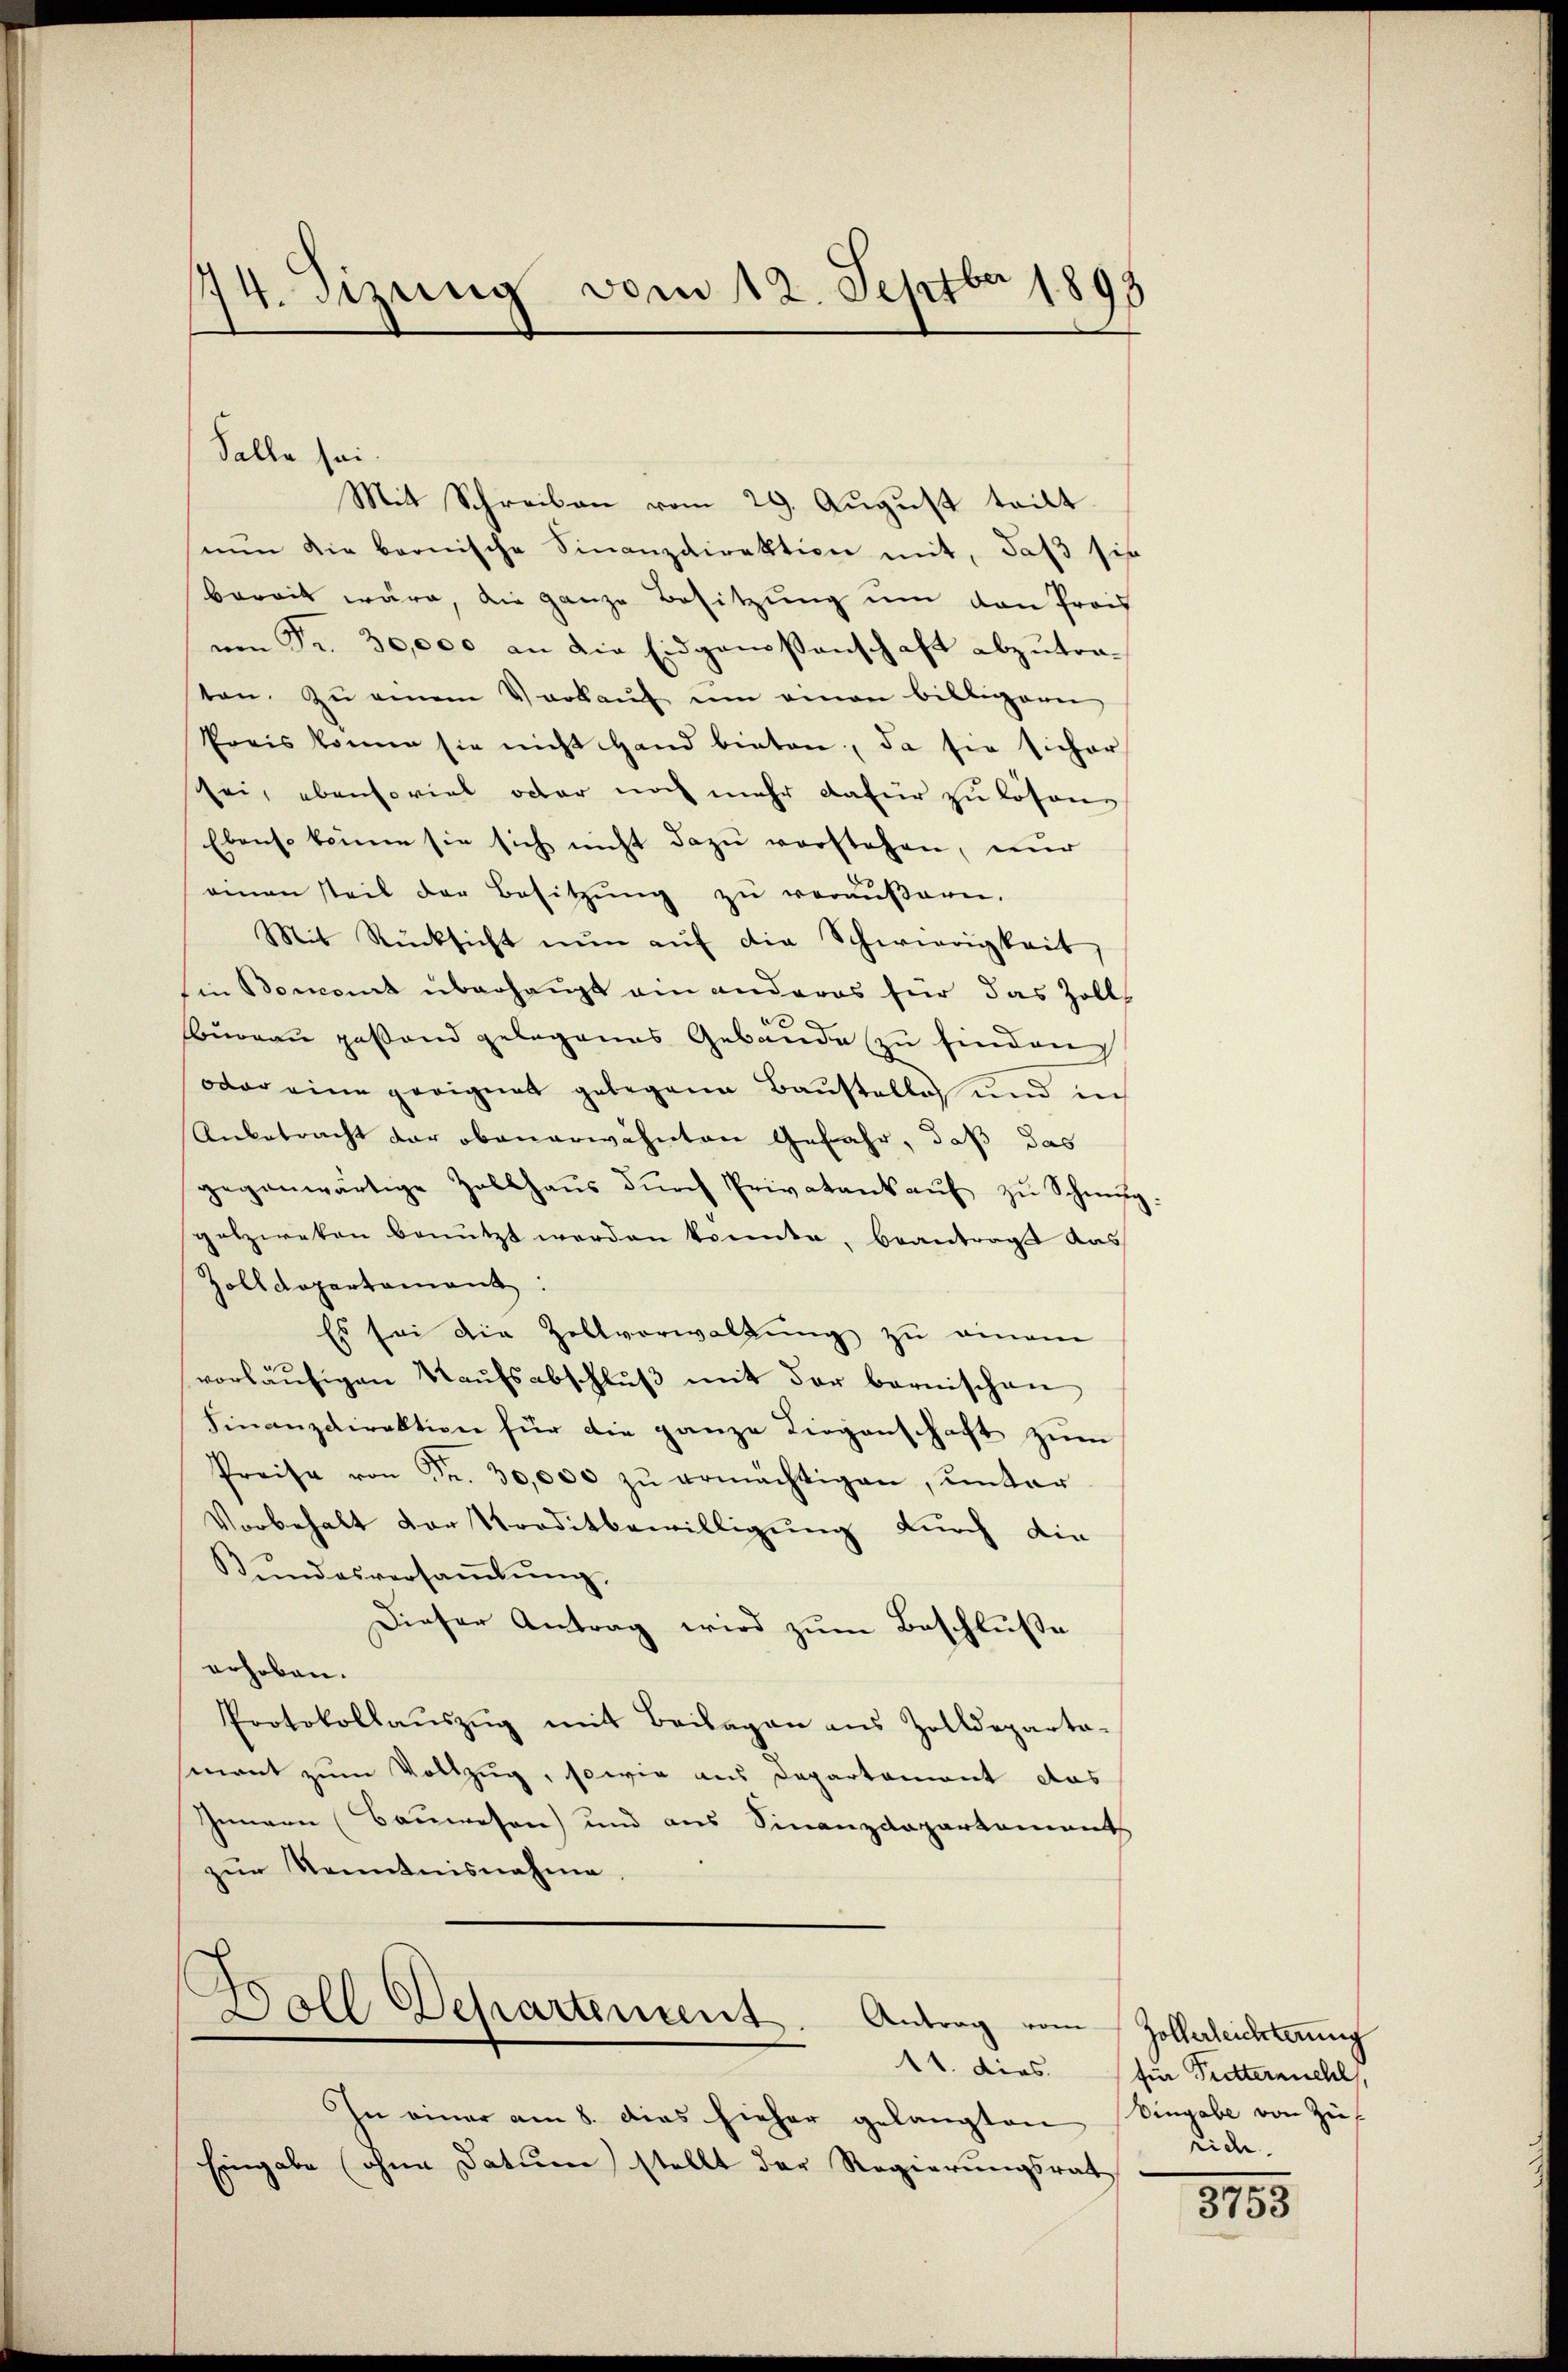
44. drung vom 12. Septbr 1899

Mit Schreiben vom 29. August teilt
nŭn die bernische Sinanzdirektion mit, daβ sich
bereit wäre, die ganze Besitzung um den Proch
um Fr. 30,000 an die Eidgenossenschaft abzutrasten zŭ einem Verkaŭf ŭm einen billigern
Preis könne sie nicht Hand bieten, da sie sicher
sei, ebensoviel oder noch mehr dafür zu lösen
Ebenso könne sie sich nicht dazu verstehen, nur
einen teil der Besitzung zu veräußern.
Mit Rücksicht nŭn aŭf die Schwierigkeit,
in Bomont überhaupt ein anderes für das Zoll
Bureau gestand gelegenes Gebäude zu finden
oder eine geeignet gelegene Baustelle und in
Anbetracht der obenerwähnten Gefahr, daß das
gegenwärtige Zollhaŭs dŭrch Privatant aŭf zŭ Schnŭg
gatzweken benutzt werden konnte, beantragt das
Zolldepartament:
Es sei die Zollverwaltŭng zu einem
vorläŭfigen Kaŭfsabschlŭβ mit der bernischen
Finanzdirektion für die ganze Liegenschaft zum
Preise von Fr. 30,000 zŭ ermächtigen, unter
Vorbehalt der Kreditbewilligung durch die
Kundesversaṁlŭng,
Dieser Antrag wird zum Beschluße
erhoben.
Protokollaŭszŭg mit Beilagen aus Zolldeparta-
sment zum Vollzug, sowie aus Departament das
Innern (Bauwesen) und aus Finanzdepartement
zur Kenntnisnahme.
.
Soll Departement. Antrag vom Zollerleichterung
In einer am 8. dies hieher gelangten Eingabe von Zü¬
Eingabe (ohne Datum stellt der Regierungsrat

Salle sei

11. dies für Futtermehl,
rich.

1185.